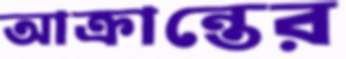
আক্রান্তের